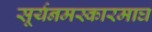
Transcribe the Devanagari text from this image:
सूर्यनमस्कारमाघ